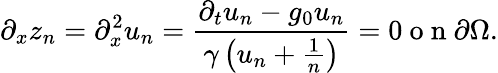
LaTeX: \partial_{x}z_{n}=\partial_{x}^{2}u_{n}=\frac{\partial_{t}u_{n}-g_{0}u_{n}}{\gamma\left(u_{n}+\frac{1}{n}\right)}=0\mathrm{~o~n~}\partial\Omega.